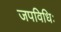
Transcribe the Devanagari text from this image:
जपविधिः